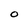
Character: O